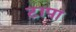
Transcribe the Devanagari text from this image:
टापा